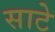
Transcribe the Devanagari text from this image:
साटे